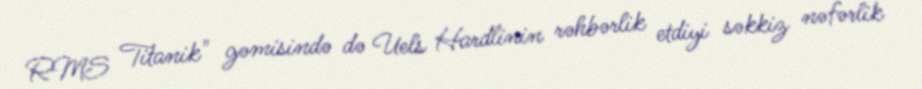
RMS Titanik" gəmisində də Uels Hardlinin rəhbərlik etdiyi səkkiz nəfərlik